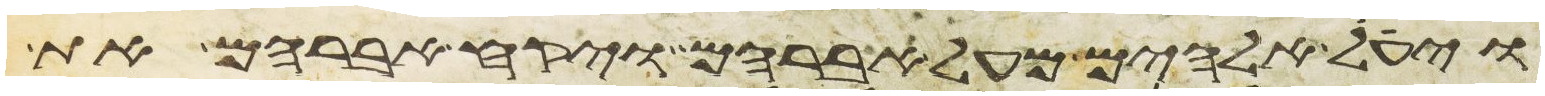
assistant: ויעל אלהים מעל אברהם ויקח אברהם את